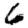
Digit: 6